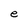
Character: e